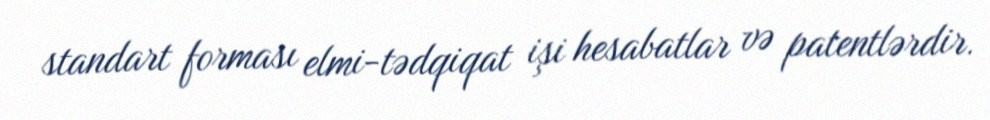
standart forması elmi-tədqiqat işi hesabatlar və patentlərdir.